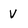
Character: v